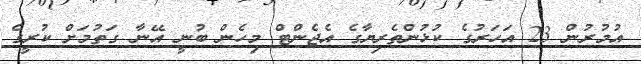
އުމުރުން 23 އަހަރުގެ ކުޅުންތެރިޔާގެ އެޖެންޓް މިހެން ބުނީ އޭނާ ގަތުމަށް ކުރީގެ